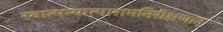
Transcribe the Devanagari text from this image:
स्वात्मन्यात्मारामनिरीक्षणात्